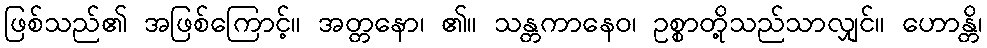
ဖြစ်သည်၏ အဖြစ်ကြောင့်။ အတ္တနော၊ ၏။ သန္တကာနေဝ၊ ဥစ္စာတို့သည်သာလျှင်။ ဟောန္တိ၊